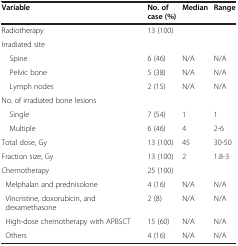
<table><thead><tr><td><b>Variable</b></td><td><b>No. of case (%)</b></td><td><b>Median</b></td><td><b>Range</b></td></tr></thead><tbody><tr><td>Radiotherapy</td><td>13 (100)</td><td></td><td></td></tr><tr><td>Irradiated site</td><td></td><td></td><td></td></tr><tr><td> Spine</td><td>6 (46)</td><td>N/A</td><td>N/A</td></tr><tr><td> Pelvic bone</td><td>5 (38)</td><td>N/A</td><td>N/A</td></tr><tr><td> Lymph nodes</td><td>2 (15)</td><td>N/A</td><td>N/A</td></tr><tr><td>No. of irradiated bone lesions</td><td></td><td></td><td></td></tr><tr><td> Single</td><td>7 (54)</td><td>1</td><td>1</td></tr><tr><td> Multiple</td><td>6 (46)</td><td>4</td><td>2-6</td></tr><tr><td>Total dose, Gy</td><td>13 (100)</td><td>45</td><td>30-50</td></tr><tr><td>Fraction size, Gy</td><td>13 (100)</td><td>2</td><td>1.8-3</td></tr><tr><td>Chemotherapy</td><td>25 (100)</td><td></td><td></td></tr><tr><td> Melphalan and prednisolone</td><td>4 (16)</td><td>N/A</td><td>N/A</td></tr><tr><td> Vincristine, doxorubicin, and dexamethasone</td><td>2 (8)</td><td>N/A</td><td>N/A</td></tr><tr><td> High-dose chemotherapy with APBSCT</td><td>15 (60)</td><td>N/A</td><td>N/A</td></tr><tr><td> Others</td><td>4 (16)</td><td>N/A</td><td>N/A</td></tr></tbody></table>